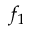
f _ { 1 }